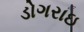
ડોગરાઇ